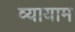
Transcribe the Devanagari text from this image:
व्‍यायाम